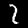
Digit: 2